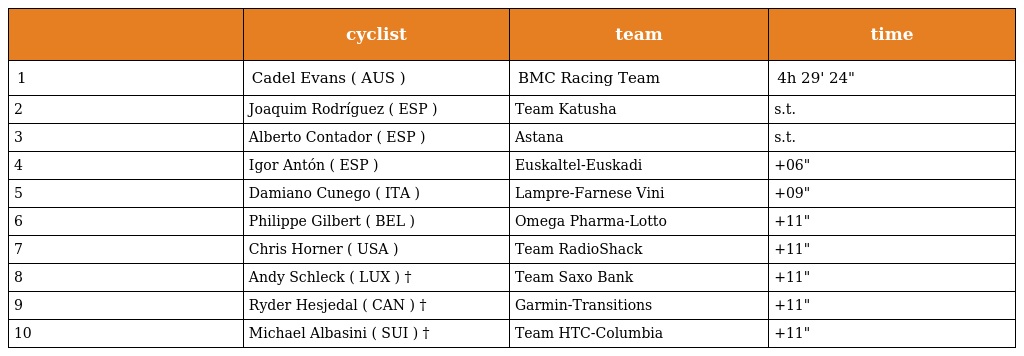
|  | cyclist | team | time |
 | --- | --- | --- | --- |
 | 1 | Cadel Evans ( AUS ) | BMC Racing Team | 4h 29' 24" |
 | 2 | Joaquim Rodríguez ( ESP ) | Team Katusha | s.t. |
 | 3 | Alberto Contador ( ESP ) | Astana | s.t. |
 | 4 | Igor Antón ( ESP ) | Euskaltel-Euskadi | +06" |
 | 5 | Damiano Cunego ( ITA ) | Lampre-Farnese Vini | +09" |
 | 6 | Philippe Gilbert ( BEL ) | Omega Pharma-Lotto | +11" |
 | 7 | Chris Horner ( USA ) | Team RadioShack | +11" |
 | 8 | Andy Schleck ( LUX ) † | Team Saxo Bank | +11" |
 | 9 | Ryder Hesjedal ( CAN ) † | Garmin-Transitions | +11" |
 | 10 | Michael Albasini ( SUI ) † | Team HTC-Columbia | +11" |